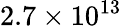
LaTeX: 2.7\times 10^{13}